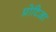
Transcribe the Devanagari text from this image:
प्रोटिआ